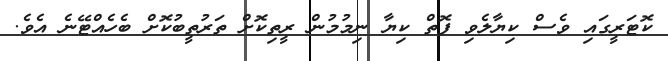
ކޮޓަރީގައި ވެސް ކިޔާލެވި ފޮތް ކިޔާ ނިމުމުން ރީތިކޮށް ތަރުތީބުކޮށް ބެހެއްޓޭނެ އެވެ.